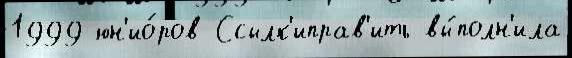
1999 юн'ио́ров Ссылк'иправ'ить вы́полн'ила